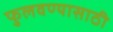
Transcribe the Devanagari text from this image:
फुलवण्यासाठी